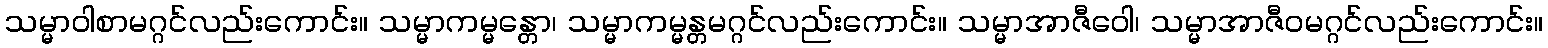
သမ္မာဝါစာမဂ္ဂင်လည်းကောင်း။ သမ္မာကမ္မန္တော၊ သမ္မာကမ္မန္တမဂ္ဂင်လည်းကောင်း။ သမ္မာအာဇီဝေါ၊ သမ္မာအာဇီဝမဂ္ဂင်လည်းကောင်း။